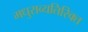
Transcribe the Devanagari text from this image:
मधुराव्यतिरिक्त